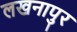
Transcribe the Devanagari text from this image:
लखनापुर